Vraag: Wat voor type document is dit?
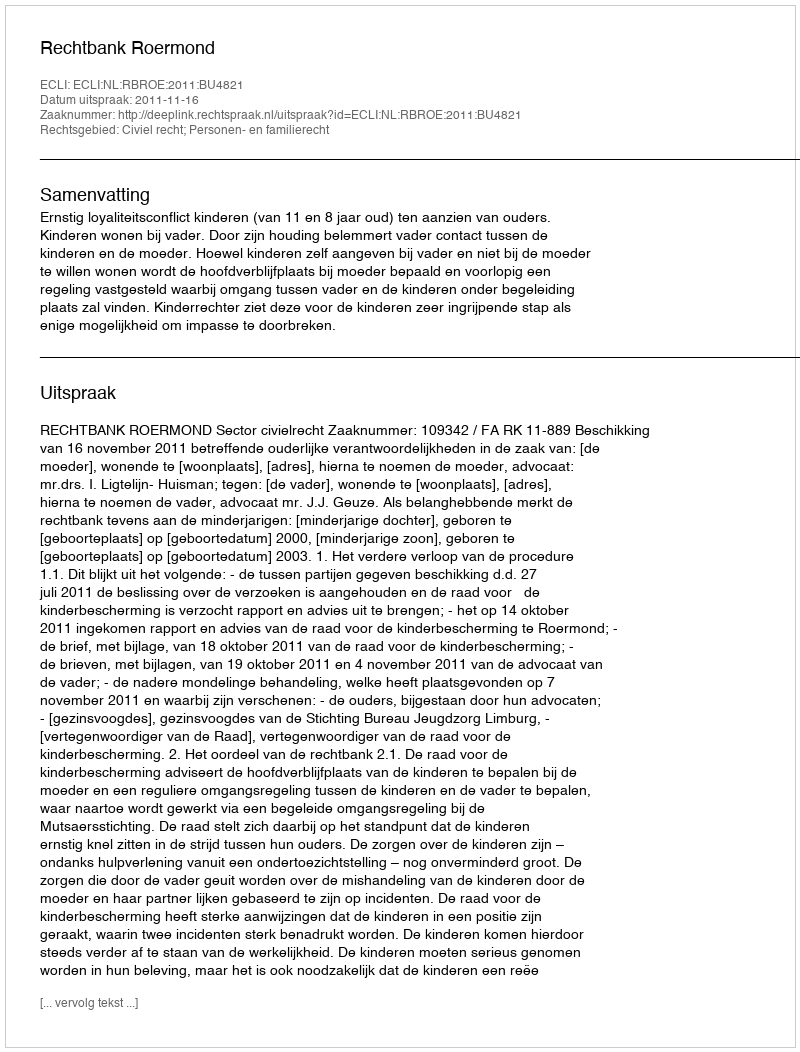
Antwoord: Uitspraak